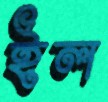
ইল